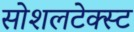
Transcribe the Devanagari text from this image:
सोशलटेक्स्ट